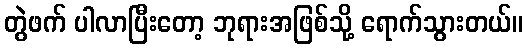
တွဲဖက် ပါလာပြီးတော့ ဘုရားအဖြစ်သို့ ရောက်သွားတယ်။